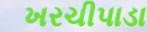
ખરચીપાડા